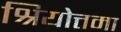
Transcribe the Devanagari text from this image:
श्रियोत्तमा